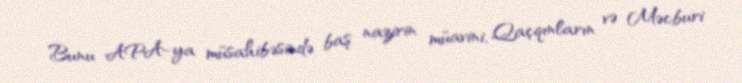
Bunu APA-ya müsahibəsində baş nazirin müavini, Qaçqınların və Məcburi